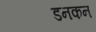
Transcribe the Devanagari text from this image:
डनकन